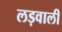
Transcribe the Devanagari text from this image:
लड़वाली